Civil Veterinary Department Bihar reports 1936-40 - 1936-1940
Year: 1936
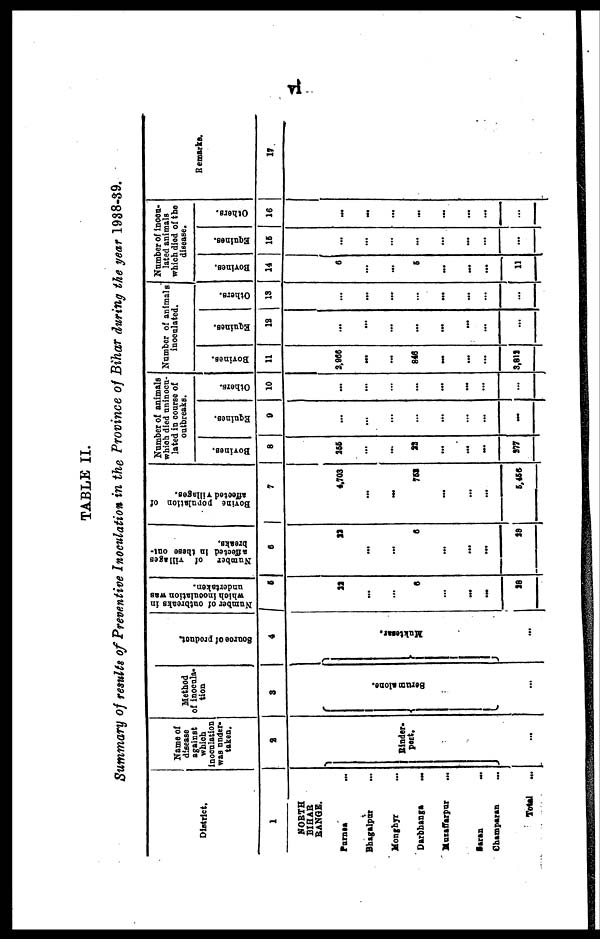
vi
TABLE II.
Summary of results of Preventive Inoculation in the Province of Bihar during the year 1938-39.
District.
1
NORTH
BIHAR
RANGE.
Purnea
...
Bhagalpur ...
Monghyr
...
Darbhanga
...
Muzaffarpur
...
Saran
...
Champaran
...
Total
...
Name of
disease
against
which
Inoculation
was under-
taken.
2
Rinder-
pest.
...
Method
of inocula-
tion
3
ne.
alo
m
Seru
...
Source
of product.
4
esar.
t
Muk
...
Number
of outbreaks in
which inoculation was
undertaken.
5
22
...
...
6
...
...
Number
of villages
affected in these out-
breaks.
6
22
...
...
6
...
...
Bovine
population of
affected villages.
7
4,703
...
...
753
...
...
Number of animals
which died uninocu-
lated in course of
outbreaks.
Bovines.
8
255
...
...
22
...
...
Equines.
9
...
...
...
...
...
...
Ot hers .
10
...
...
...
...
...
...
Number of animals
inoculated.
Bovines.
11
2.966
...
...
846
...
...
Equines.
12
...
...
...
...
...
...
Ot hers .
13
...
...
...
...
...
...
Number of inocu-
lated animals
which died of the
disease.
Bovines.
14
6
...
...
5
...
...
Equines.
16
...
...
...
...
...
...
Others.
16
...
...
...
...
...
...
Remarks.
17
...
...
...
...
...
...
...
...
...
...
... ...
28
28
5,456 277
... ...
3,812
...
...
11
... ...